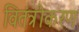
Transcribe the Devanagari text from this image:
वितंत्रीकरण